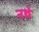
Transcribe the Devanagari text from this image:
नथे